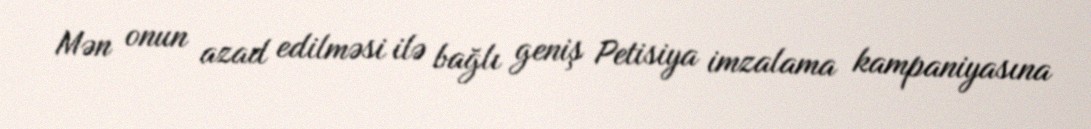
Mən onun azad edilməsi ilə bağlı geniş Petisiya imzalama kampaniyasına